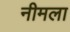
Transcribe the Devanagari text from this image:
नीमला